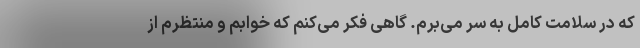
که در سلامت کامل به سر می‌برم. گاهی فکر می‌کنم که خوابم و منتظرم از